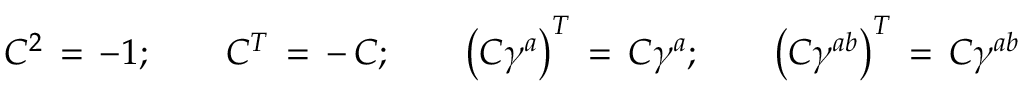
C ^ { 2 } \, = \, - 1 ; \qquad C ^ { T } \, = \, - \, C ; \qquad \left( C \gamma ^ { a } \right) ^ { T } \, = \, C \gamma ^ { a } ; \qquad \left( C \gamma ^ { a b } \right) ^ { T } \, = \, C \gamma ^ { a b }